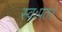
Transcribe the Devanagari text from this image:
स्वःपत॥